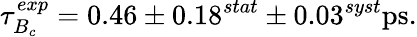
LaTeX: \tau_{B_{c}}^{exp}=0.46\pm 0.18^{stat}\pm 0.03^{syst}\mathrm{ps}.